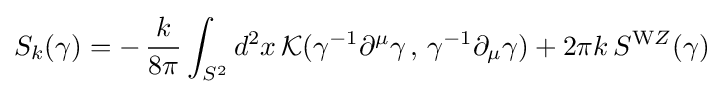
S_{k}(\gamma )=-\,{\frac {k}{8\pi }}\int _{S^{2}}d^{2}x\,{\mathcal {K}}(\gamma ^{-1}\partial ^{\mu }\gamma \,,\,\gamma ^{-1}\partial _{\mu }\gamma )+2\pi k\,S^{\mathrm {W} Z}(\gamma )